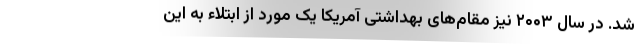
شد. در سال ۲۰۰۳ نیز مقام‌های بهداشتی آمریکا یک مورد از ابتلاء به این